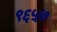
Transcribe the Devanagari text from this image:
९६५७